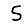
Digit: 5